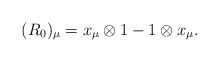
\begin{gather*}(R_0)_\mu=x_\mu\otimes1-1\otimes x_\mu.\end{gather*}